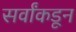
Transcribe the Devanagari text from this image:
सर्वांकडून